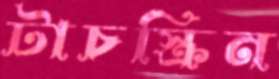
টাচস্ক্রিন